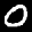
Label: 0